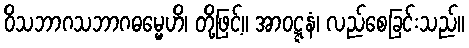
ဝိသဘာဂသဘာဂဓမ္မေဟိ၊ တို့ဖြင့်။ အာဝဋ္ဋနံ၊ လည်စေခြင်းသည်။